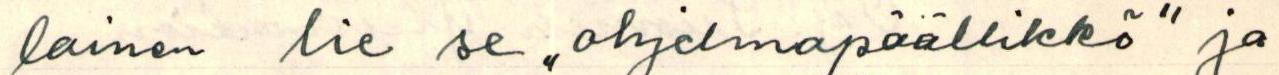
lainen lie se ,,ohjelmapäällikkö" ja